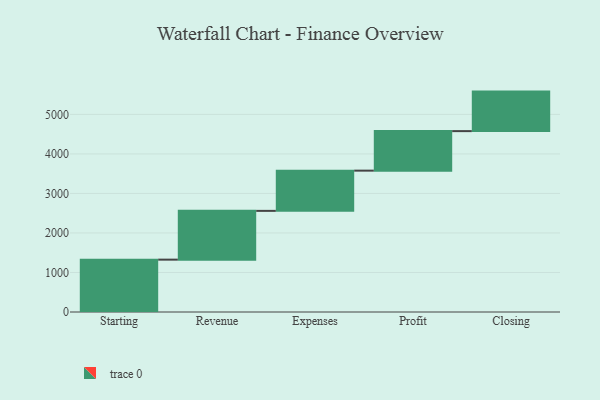
{"axis": {"x": "Step", "y": "Value"}, "legend": [""], "data": [{"x": "Starting", "y": 1325.0, "type": ""}, {"x": "Revenue", "y": 1234.0, "type": ""}, {"x": "Expenses", "y": 1018.0, "type": ""}, {"x": "Profit", "y": 1000, "type": ""}, {"x": "Closing", "y": 1000, "type": ""}]}